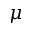
\mu